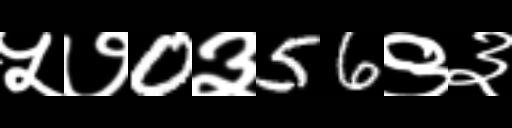
Text: ५७0३56९३